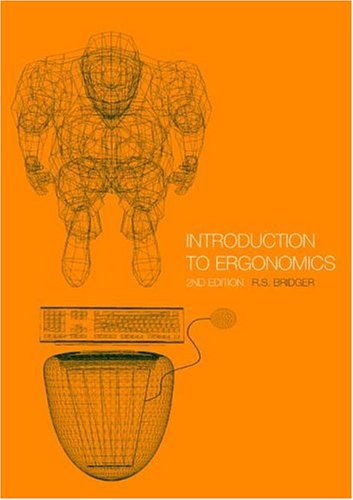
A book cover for Introduction to Ergonomics, Second Edition; Robert Bridger; Health, Fitness & Dieting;